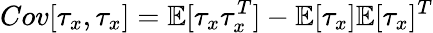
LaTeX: Cov[\tau_{x},\tau_{x}]=\mathbb{E}[\tau_{x}\tau_{x}^{T}]-\mathbb{E}[\tau_{x}]\mathbb{E}[\tau_{x}]^{T}